65_HS1-834228961_62-HQ-83894_Section_8
Agency: FBI
Page 167
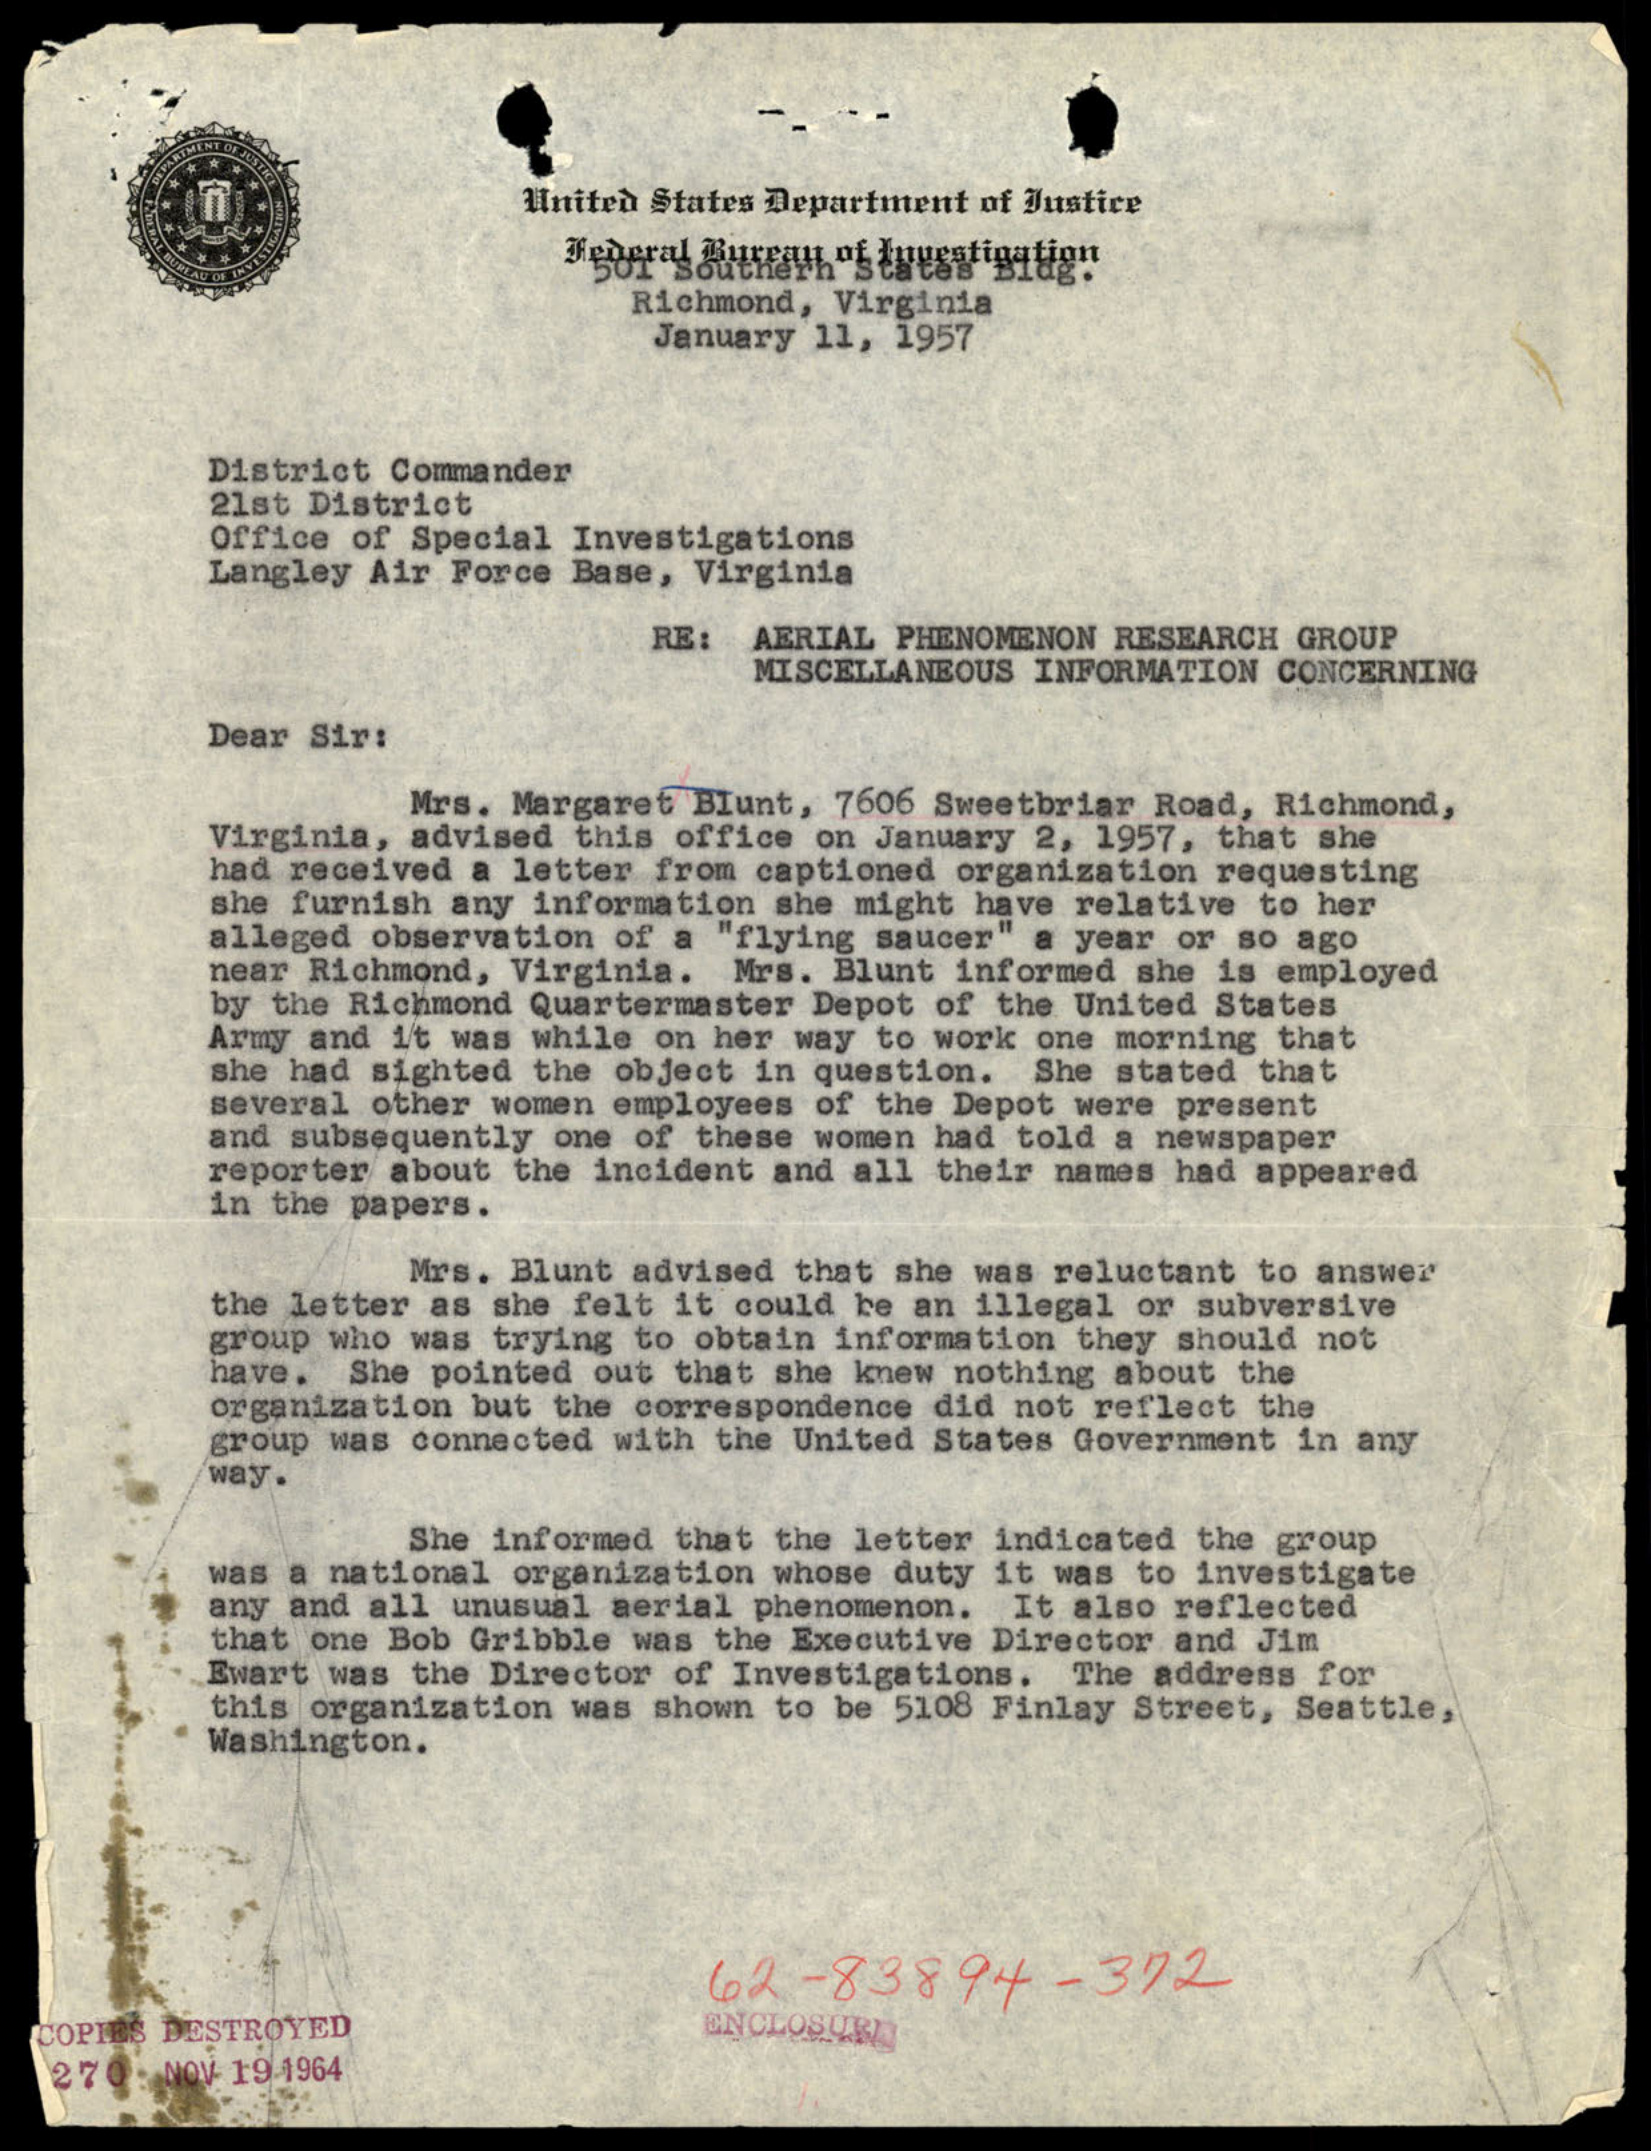